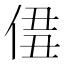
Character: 𠊣